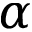
\alpha